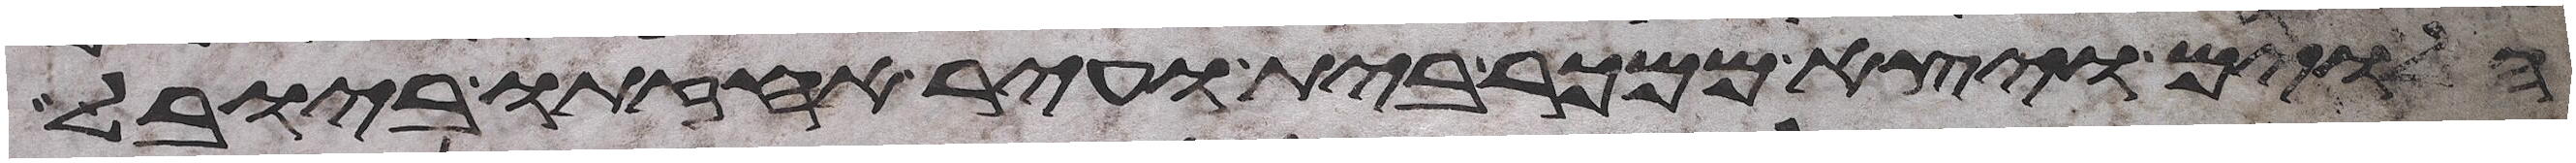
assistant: הלוים ויצא ממכר בית ועיר אחזתו ביובל